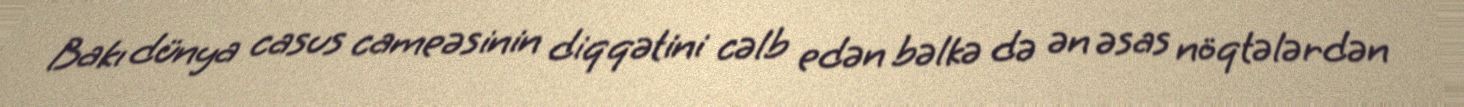
Bakı dünya casus cameəsinin diqqətini cəlb edən bəlkə də ən əsas nöqtələrdən